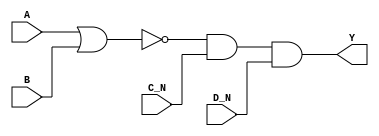
module sky130_fd_sc_lp__nor4bb (
    Y  ,
    A  ,
    B  ,
    C_N,
    D_N
);

    // Module ports
    output Y  ;
    input  A  ;
    input  B  ;
    input  C_N;
    input  D_N;

    // Local signals
    wire nor0_out  ;
    wire and0_out_Y;

    //  Name  Output      Other arguments
    nor nor0 (nor0_out  , A, B              );
    and and0 (and0_out_Y, nor0_out, C_N, D_N);
    buf buf0 (Y         , and0_out_Y        );

endmodule